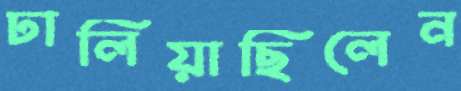
ঢালিয়াছিলেন